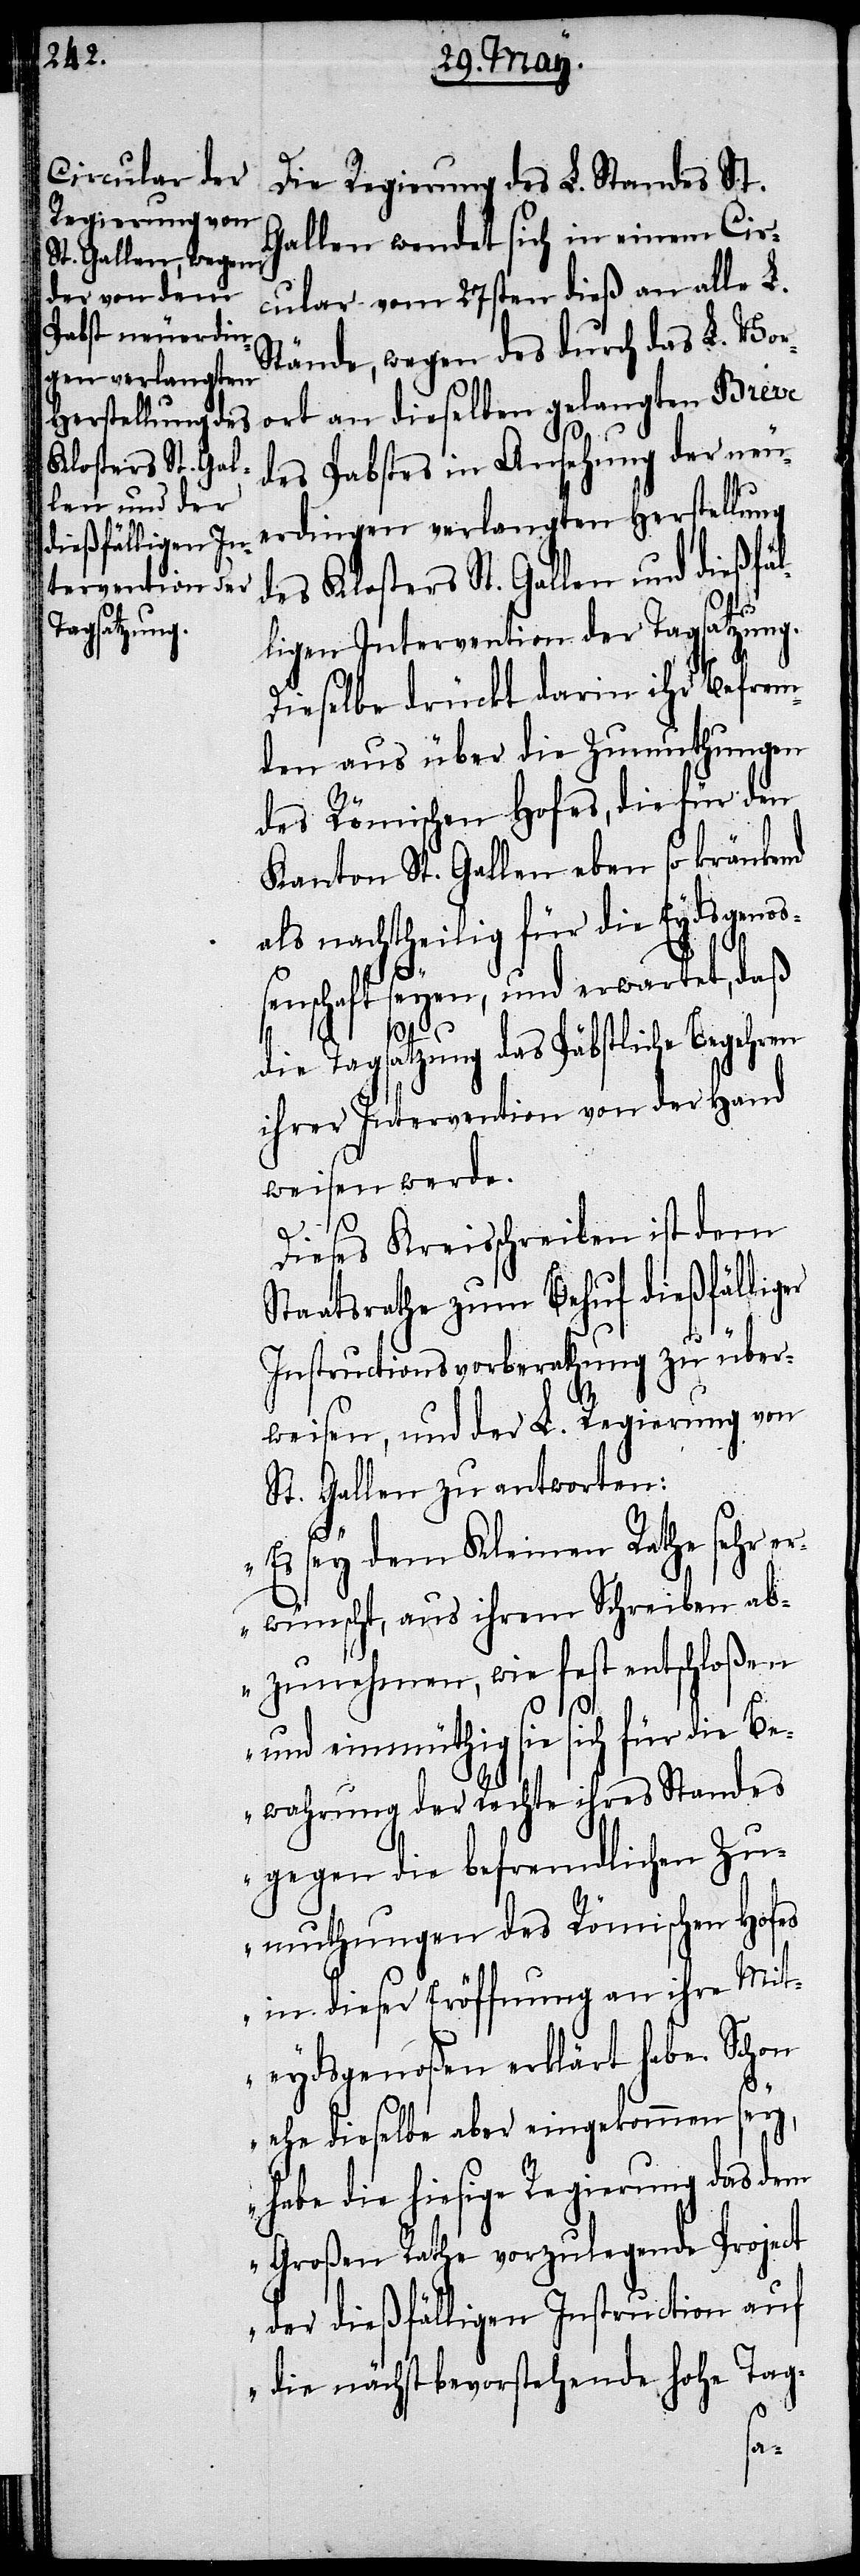
Die Regierung des L. Standes St.
Gallen wendet sich in einem Cir¬
cular vom 27sten dieß an alle L.
Stände, wegen des durch das L. Vor¬
ort an dieselben gelangten Breve
des Pabstes in Ansehnung der neu¬
erdingen verlangten Herstellung
des Klosters St. Gallen und dießfäl¬
ligen Intervention der Tagsatzung.
Dieselbe drückt darin ihr Befrem¬
den aus über die Zumuthungen
des Römischen Hofes, die für den
Kanton St. Gallen eben so kränkend
als nachtheilig für die Eydsgenoß¬
enschaft seyen, und erwartet, daß
die Tagsatzung das Päbstliche Begehren
ihrer Intervention von der Hand
weisen werde.
Dieses Kreisschreiben ist dem
Staatsrathe zum Behuf dießfälliger
Instructionsberathung zu über¬
weisen, und der L. Regierung von
St. Gallen zu antworten:
„Es sey dem Kleinen Rathe sehr er¬
wünscht, aus ihrem Schreiben ab¬
zunehmen, wie fest entschloßen
und einmüthig sie sich für die Be¬
wahrung der Rechte ihres Standes
gegen die befremdlichen Zu¬
muthungen des Römischen Hofes
in dieser Eröffnung an ihre Mit¬
eydsgenoßen erklärt habe. Schon
ehe dieselbe aber eingekommen sey,
habe die hiesige Regierung das dem
Großen Rathe vorzulegende Project
der dießfälligen Instruction auf
die nächstbevorstehende hohe Tag-